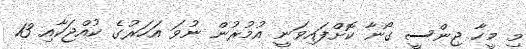
މި މީހާ ޖިންސީ ގޯނާ ކޮށްފައިވަނީ އުމުރުން ނުވަ އަހަރުގެ ކުއްޖަކާއި 13